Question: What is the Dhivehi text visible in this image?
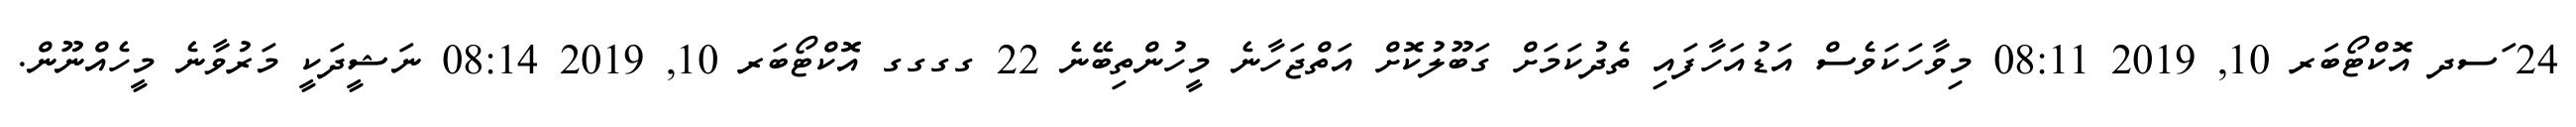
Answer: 24 ަސދ އޮކްޓޯބަރ 10, 2019 08:11 މިވާހަކަވެސް އަޑުއަހާފައި ތެދުކަމަށް ގަބޫލުކޮށް އަތްޖަހާނެ މީހުންތިބޭނެ 22 ގގގގ އޮކްޓޯބަރ 10, 2019 08:14 ނަޝީދަކީ މަރުވާނެ މީހެއްނޫން.